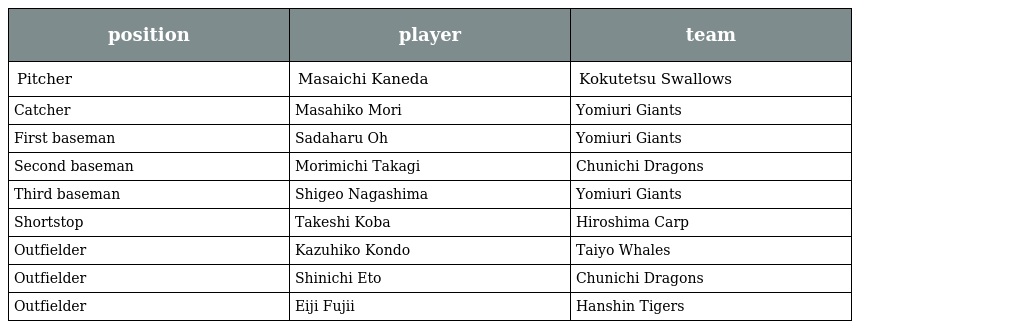
| position | player | team |
 | --- | --- | --- |
 | Pitcher | Masaichi Kaneda | Kokutetsu Swallows |
 | Catcher | Masahiko Mori | Yomiuri Giants |
 | First baseman | Sadaharu Oh | Yomiuri Giants |
 | Second baseman | Morimichi Takagi | Chunichi Dragons |
 | Third baseman | Shigeo Nagashima | Yomiuri Giants |
 | Shortstop | Takeshi Koba | Hiroshima Carp |
 | Outfielder | Kazuhiko Kondo | Taiyo Whales |
 | Outfielder | Shinichi Eto | Chunichi Dragons |
 | Outfielder | Eiji Fujii | Hanshin Tigers |